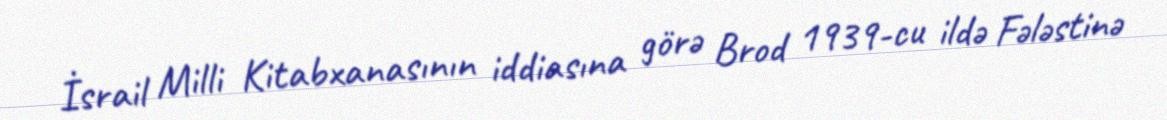
İsrail Milli Kitabxanasının iddiasına görə Brod 1939-cu ildə Fələstinə